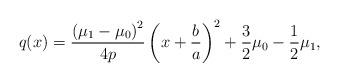
\begin{align*}q(x)={\left(\mu_1-\mu_0\right)^2\over 4p}\left(x+{b\over a}\right)^2+{3\over 2}\mu_0 - {1\over 2}\mu_1,\end{align*}